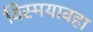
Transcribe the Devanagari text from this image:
विस्मयावहा